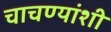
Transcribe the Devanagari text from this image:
चाचण्यांशी